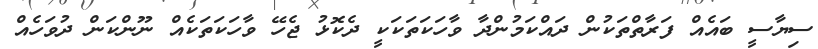
ސިޔާސީ ބައެއް ފަރާތްތަކުން ދައްކަމުންދާ ވާހަކަތަކަކީ ދެކޮޅު ޖެހޭ ވާހަކަތަކެއް ނޫންކަން ދުވަހެއް